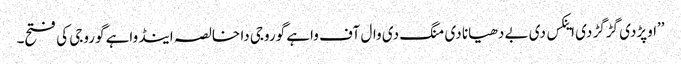
’’اوپڑدی گڑگڑ دی اینکس دی بے دھیانا دی منگ دی وال آف واہے گوروجی دا خالصہ اینڈ واہے گوروجی کی فتح۔